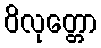
ဝိလုတ္တော